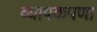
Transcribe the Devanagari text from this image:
व्यापकपणा